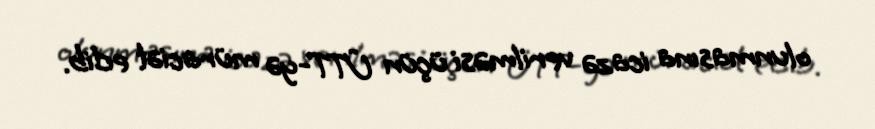
olunmasına icazə verilməsi üçün ÜTT-yə müraciət edib.